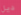
ديل